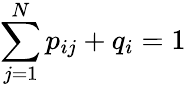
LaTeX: \sum_{j=1}^{N}p_{ij}+q_{i}=1